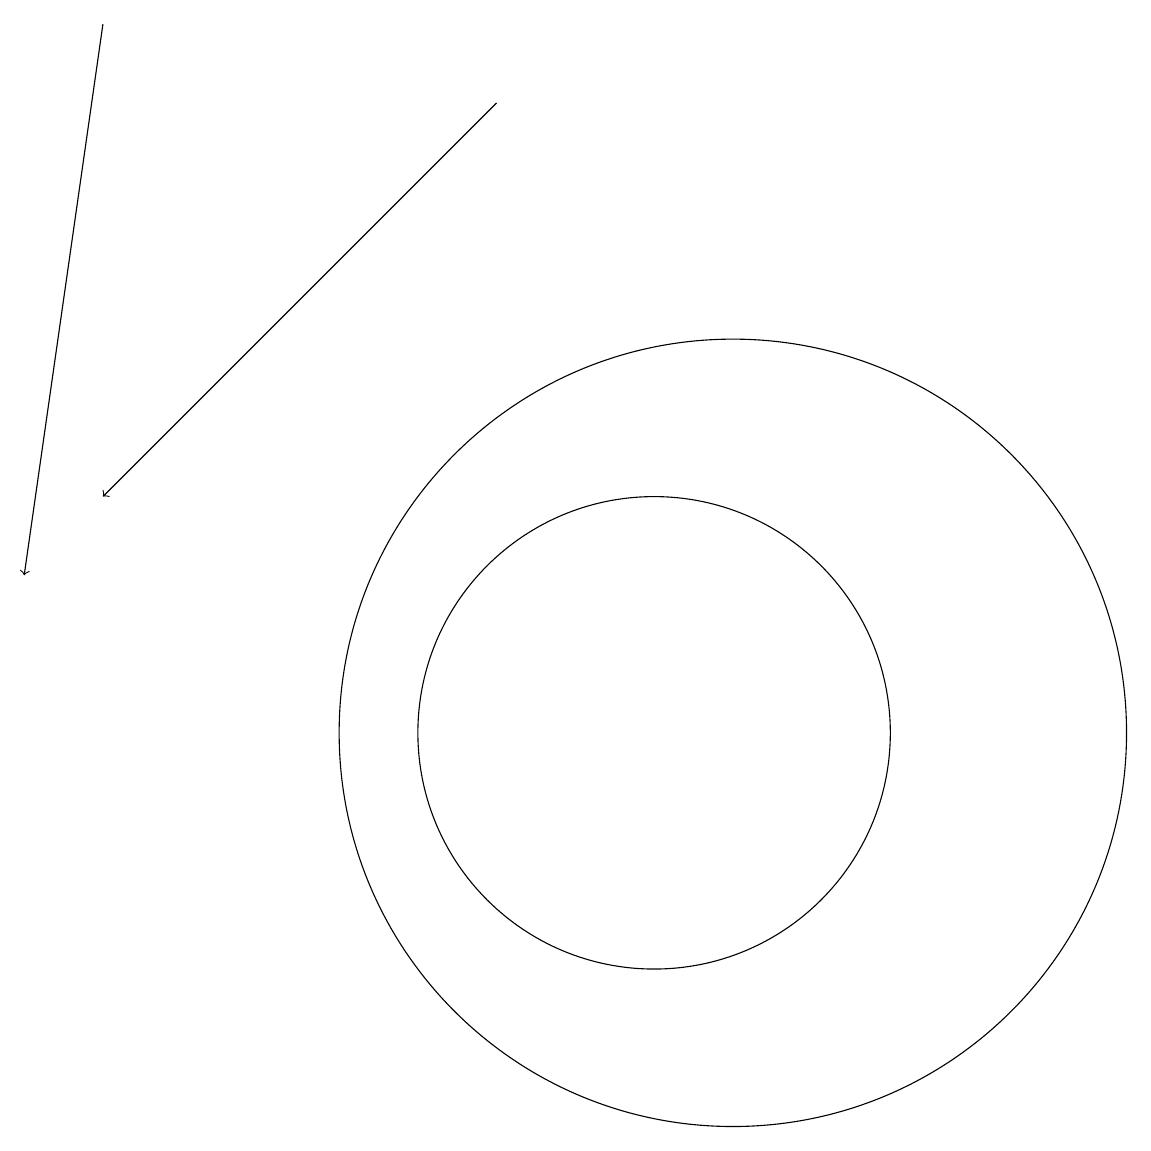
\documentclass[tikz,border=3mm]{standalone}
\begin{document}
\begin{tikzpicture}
\draw (11,10) circle (3);
\draw (12,10) circle (5);
\draw[->] (4,19) -- (3,12);
\draw[->] (9,18) -- (4,13);
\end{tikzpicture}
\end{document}